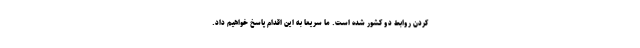
کردن روابط دو کشور شده است. ما سریعاً به این اقدام پاسخ خواهیم داد.